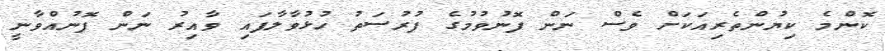
ކޮންމެ ކިޔުންތެރިއަކަށް ވެސް ނަން ފޮނުވުމުގެ ފުރުސަތު ހުޅުވާލާފައި ވާއިރު ނަން ފޮނުއްވާނީ